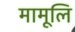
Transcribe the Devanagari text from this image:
मामूलि